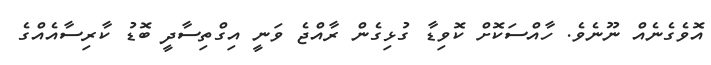
އޮވެގެނެއް ނޫނެވެ. ހާއްސަކޮށް ކޮވިޑާ ގުޅިގެން ރާއްޖެ ވަނީ އިގްތިސާދީ ބޮޑު ކާރިސާއެއްގެ